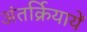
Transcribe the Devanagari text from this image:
अंतर्क्रियायें